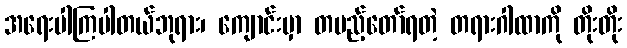
အရေးပါကြပါတယ်ဘုရား၊ ကျောင်းမှာ တပည့်တော်ရတဲ့ တရားဂါထာကို တိုးတိုး